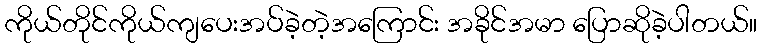
ကိုယ်တိုင်ကိုယ်ကျပေးအပ်ခဲ့တဲ့အကြောင်း အခိုင်အမာ ပြောဆိုခဲ့ပါတယ်။